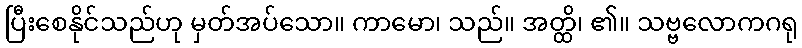
ပြီးစေနိုင်သည်ဟု မှတ်အပ်သော။ ကာမော၊ သည်။ အတ္ထိ၊ ၏။ သဗ္ဗလောကဂရု